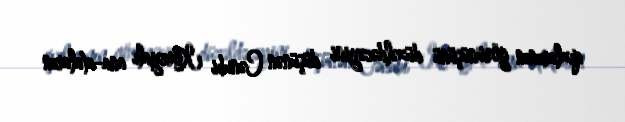
qızlarının görünüşünü düzəldəcəyini düşünən Cənubi Koreyalı ana-ataların